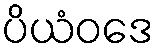
ပိယံဝဒေ